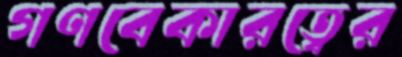
গণবেকারত্বের